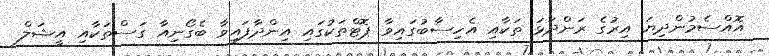
އޮއްސެމުންދިޔަ އިރުގެ ރަންދަޅަ ތަކާއި އެހިސާބުގައިވާ ޕޮޓްތަކުގައި އިންދާފައިވާ ބެގޯނިއާ ގަސްތަކާއި އީޝަލް